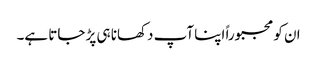
ان کو مجبوراً اپنا آپ دکھانا ہی پڑ جاتا ہے۔